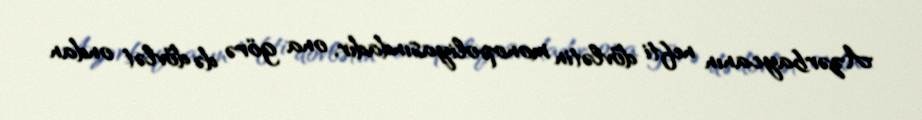
Azərbaycanın nefti dövlətin monopoliyasındadır, ona görə də dövlət ondan